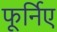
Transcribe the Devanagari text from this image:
फूर्निए